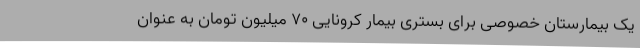
یک بیمارستان خصوصی برای بستری بیمار کرونایی ۷۰ میلیون تومان به عنوان